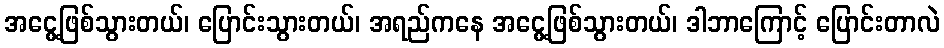
အငွေ့ဖြစ်သွားတယ်၊ ပြောင်းသွားတယ်၊ အရည်ကနေ အငွေ့ဖြစ်သွားတယ်၊ ဒါဘာကြောင့် ပြောင်းတာလဲ